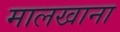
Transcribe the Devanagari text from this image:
मालखाना